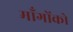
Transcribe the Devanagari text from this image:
माँगोंको